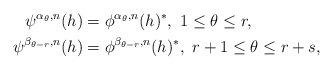
LaTeX: \begin{align*}\psi^{\alpha_\theta, n}(h) &= \phi^{\alpha_\theta, n}(h)^\ast,\ 1\leq \theta \leq r, \\\psi^{\beta_{\theta - r}, n}(h) &= \phi^{\beta_{\theta-r}, n}(h)^\ast,\ r+1 \leq \theta \leq r+s,\end{align*}